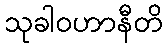
သုခါဝဟာနီတိ